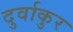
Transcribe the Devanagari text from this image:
दुर्वाकुर